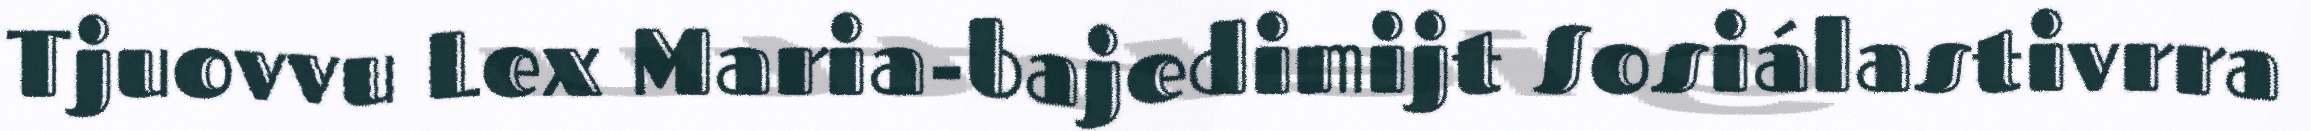
Tjuovvu Lex Maria-bajedimijt Sosiálastivrra